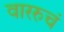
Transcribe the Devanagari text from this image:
वाररुचं